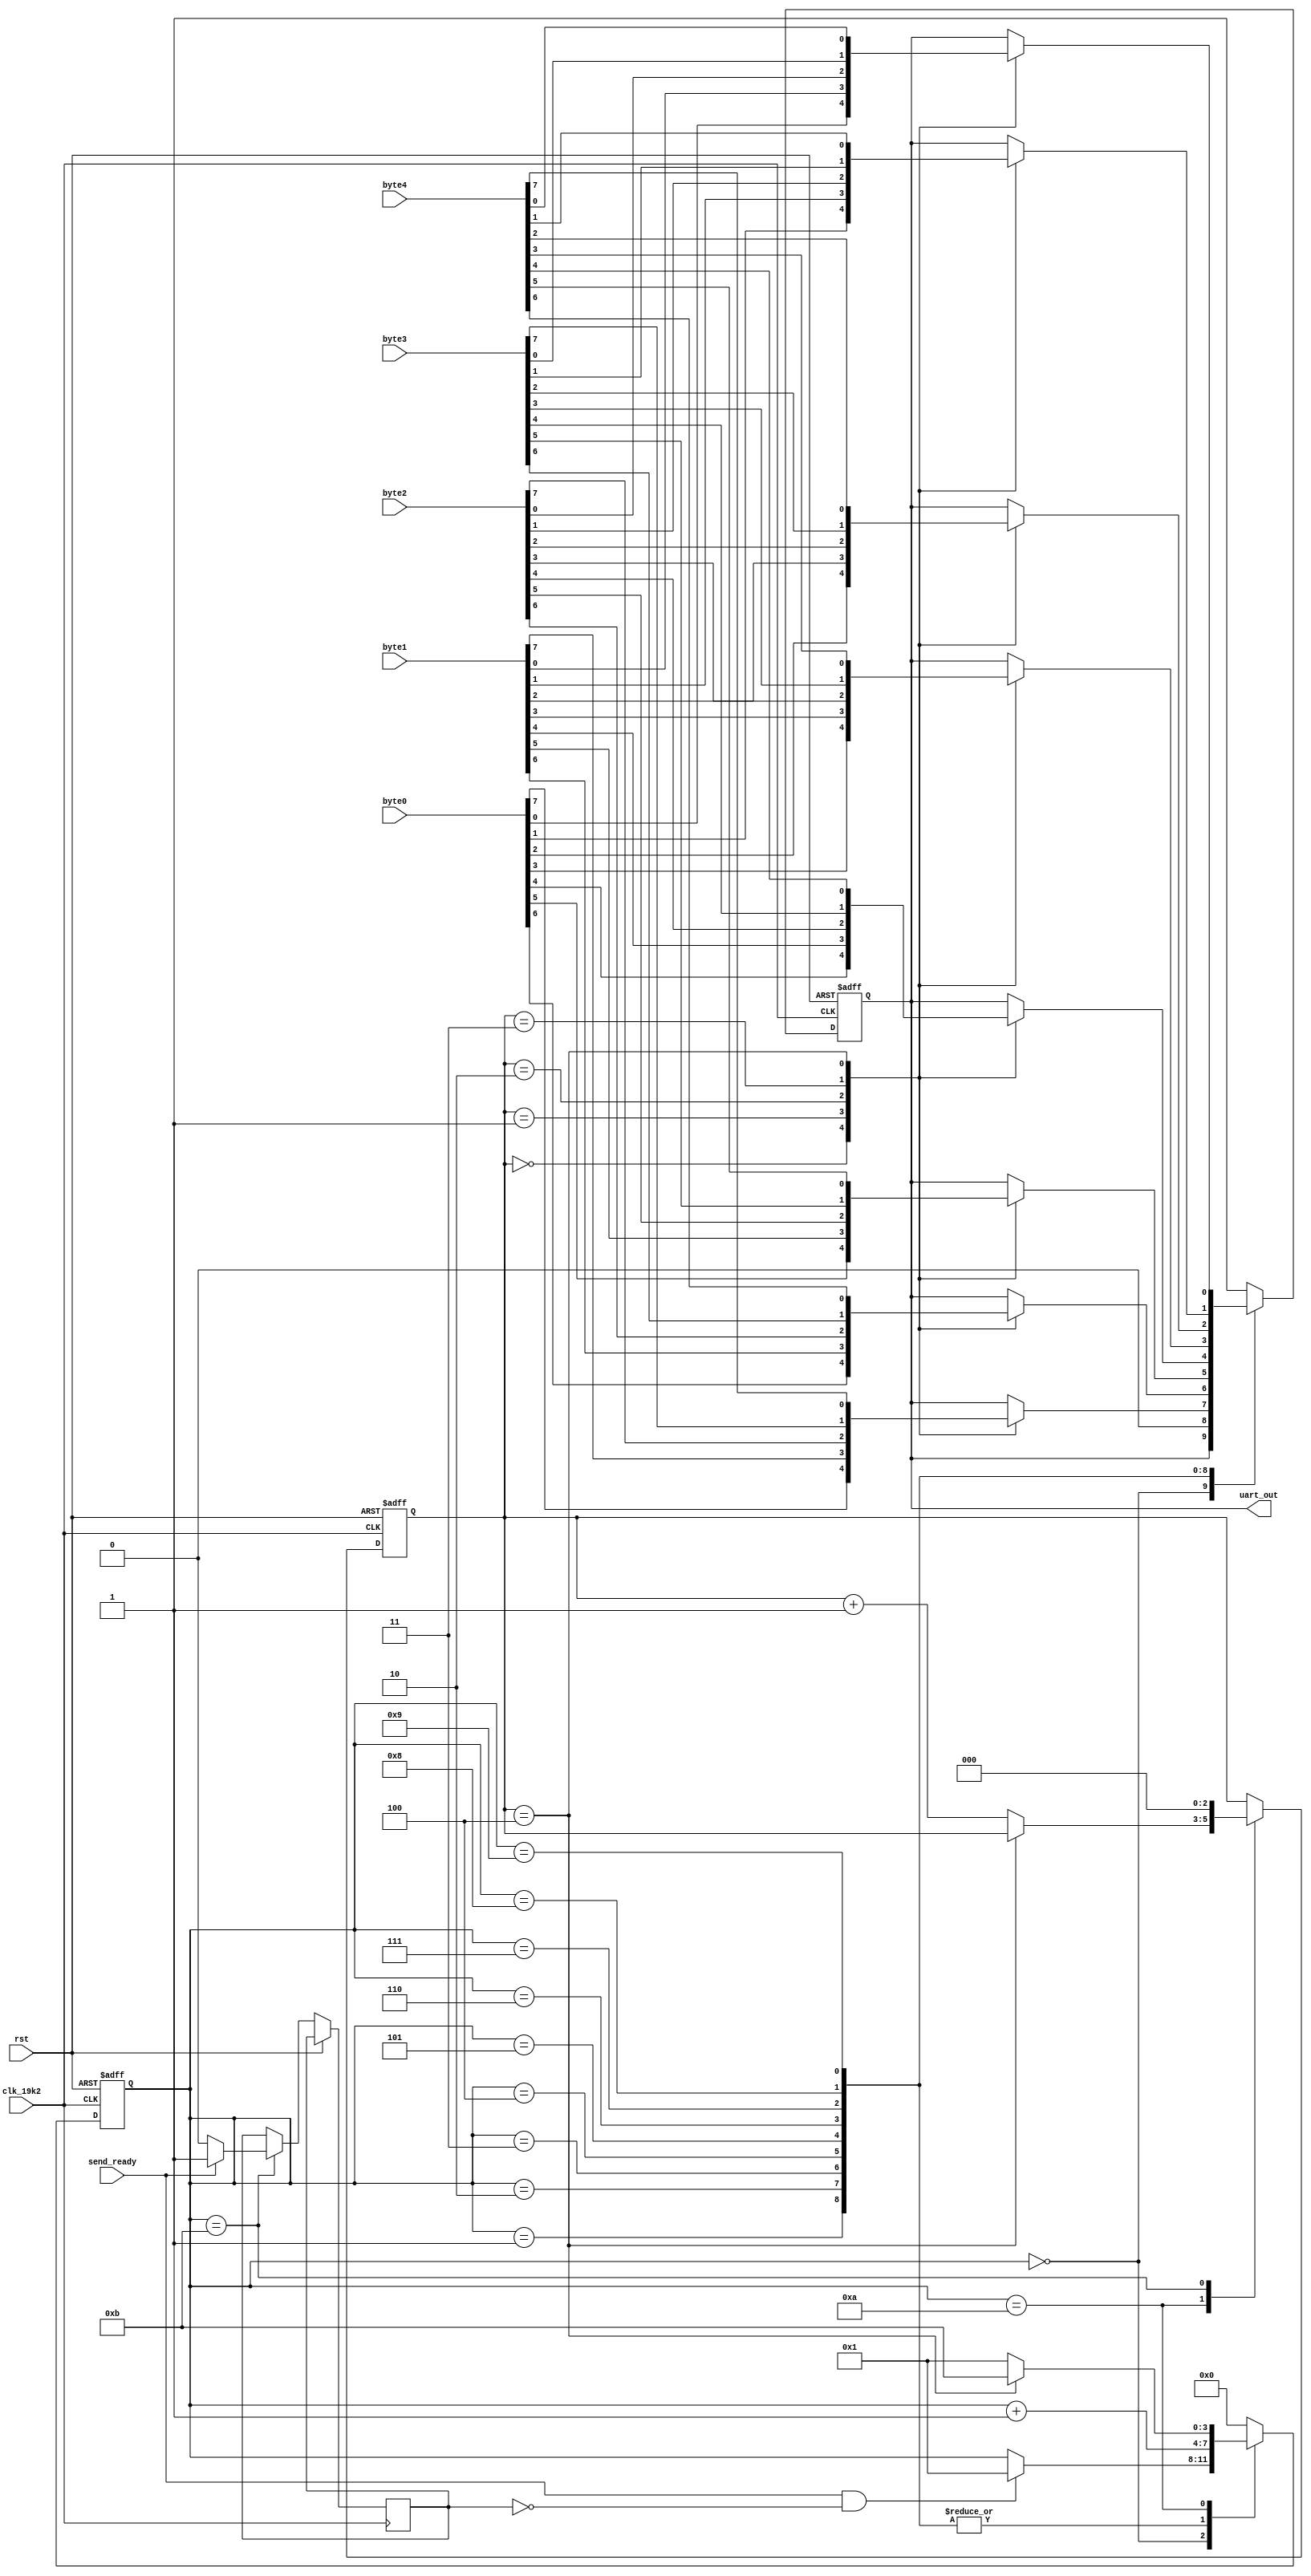
module uart_tx(
    input clk_19k2,
    input rst,
    input send_ready,
    input [7:0] byte0,
    input [7:0] byte1,
    input [7:0] byte2,
    input [7:0] byte3,
    input [7:0] byte4,
    output reg uart_out
    );
	 
	 reg [7:0] in_byte [0:4];
	 
	 // set up a place to keep track of which bit we're on
	 reg [3:0] uart_state;
	 // and a place to keep track of which byte we're transmitting
	 reg [2:0] byte_state;
	 reg data_sent = 0; //prevent repeat data sends.
	 

	always @(posedge clk_19k2 or posedge rst) begin
		if (rst) begin
			uart_state <= 4'b0000;
			byte_state <= 2'b000;
			uart_out <= 1;
		end else begin
			case (uart_state)
				4'b0000: begin //currently waiting to transmit
					if ((send_ready == 1)&(data_sent == 0)) begin
						uart_state <= 4'b0001; //move to the start bit state
					end
				end
				4'b0001: begin
					uart_out <= 0; // send start bit
					uart_state <= uart_state + 4'b0001; 
				end
				4'b0010: begin // data bit 0
					case (byte_state)
						3'b000:
							uart_out <= byte0[(7-0)];
						3'b001:
							uart_out <= byte1[(7-0)];
						3'b010:
							uart_out <= byte2[(7-0)];
						3'b011:
							uart_out <= byte3[(7-0)];
						3'b100:
							uart_out <= byte4[(7-0)];
					endcase
					uart_state <= uart_state + 4'b0001;
				end
				4'b0011: begin // data bit 1
					case (byte_state)
						3'b000:
							uart_out <= byte0[(7-1)];
						3'b001:
							uart_out <= byte1[(7-1)];
						3'b010:
							uart_out <= byte2[(7-1)];
						3'b011:
							uart_out <= byte3[(7-1)];
						3'b100:
							uart_out <= byte4[(7-1)];
					endcase
					uart_state <= uart_state + 4'b0001;
				end
				4'b0100: begin // data bit 2
					case (byte_state)
						3'b000:
							uart_out <= byte0[(7-2)];
						3'b001:
							uart_out <= byte1[(7-2)];
						3'b010:
							uart_out <= byte2[(7-2)];
						3'b011:
							uart_out <= byte3[(7-2)];
						3'b100:
							uart_out <= byte4[(7-2)];
					endcase
					uart_state <= uart_state + 4'b0001;
				end
				4'b0101: begin // data bit 3
					case (byte_state)
						3'b000:
							uart_out <= byte0[(7-3)];
						3'b001:
							uart_out <= byte1[(7-3)];
						3'b010:
							uart_out <= byte2[(7-3)];
						3'b011:
							uart_out <= byte3[(7-3)];
						3'b100:
							uart_out <= byte4[(7-3)];
					endcase
					uart_state <= uart_state + 4'b0001;
				end
				4'b0110: begin // data bit 4
					case (byte_state)
						3'b000:
							uart_out <= byte0[(7-4)];
						3'b001:
							uart_out <= byte1[(7-4)];
						3'b010:
							uart_out <= byte2[(7-4)];
						3'b011:
							uart_out <= byte3[(7-4)];
						3'b100:
							uart_out <= byte4[(7-4)];
					endcase
					uart_state <= uart_state + 4'b0001;
				end
				4'b0111: begin // data bit 5
					case (byte_state)
						3'b000:
							uart_out <= byte0[(7-5)];
						3'b001:
							uart_out <= byte1[(7-5)];
						3'b010:
							uart_out <= byte2[(7-5)];
						3'b011:
							uart_out <= byte3[(7-5)];
						3'b100:
							uart_out <= byte4[(7-5)];
					endcase
					uart_state <= uart_state + 4'b0001;
				end
				4'b1000: begin // data bit 6
					case (byte_state)
						3'b000:
							uart_out <= byte0[(7-6)];
						3'b001:
							uart_out <= byte1[(7-6)];
						3'b010:
							uart_out <= byte2[(7-6)];
						3'b011:
							uart_out <= byte3[(7-6)];
						3'b100:
							uart_out <= byte4[(7-6)];
					endcase
					uart_state <= uart_state + 4'b0001;
				end
				4'b1001: begin // data bit 7
					case (byte_state)
						3'b000:
							uart_out <= byte0[(7-7)];
						3'b001:
							uart_out <= byte1[(7-7)];
						3'b010:
							uart_out <= byte2[(7-7)];
						3'b011:
							uart_out <= byte3[(7-7)];
						3'b100:
							uart_out <= byte4[(7-7)];
					endcase
					uart_state <= uart_state + 4'b0001;
				end
				4'b1010: begin //stop bit
					uart_out <= 1;
					if (byte_state == 3'b100) begin // if this is the last byte...
						uart_state <= 4'b1011; //throw the uart_state into a holding state.
					end else begin
						uart_state <= 4'b0001; //if this isn't the last byte, go to the start bit state
						byte_state <= byte_state + 3'b001; //increment the byte state to the next one.
					end
				end
				4'b1011: begin
					uart_state <= 4'b0000; // jump to the 'wait for send' state.
					byte_state <= 3'b000;
					if (send_ready == 1) begin
						data_sent <= 1;
					end else begin
						data_sent <= 0;
					end
					uart_out <= 1;
				end
				default: begin
					uart_state <= 4'b0000;
					uart_out <= 1;
				end
			endcase
		end
	end //end always

endmodule